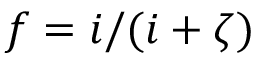
f = i / ( i + \zeta )